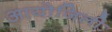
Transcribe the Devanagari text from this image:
आयोजिली